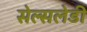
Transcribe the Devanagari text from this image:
सेल्सलेडी